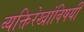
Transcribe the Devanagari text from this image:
व्यक्तिरेखांविषयी